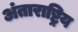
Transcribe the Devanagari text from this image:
अंताराष्ट्रिय